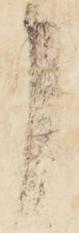
申